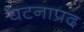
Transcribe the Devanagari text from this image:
घटनाप्रद